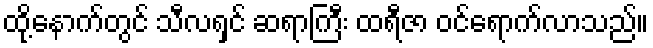
ထို့နောက်တွင် သီလရှင် ဆရာကြီး ထရီဇာ ဝင်ရောက်လာသည်။